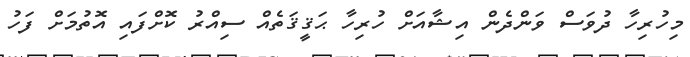
މިހުރިހާ ދުވަސް ވަންދެން އިޝާއަށް ހުރިހާ ޙަޤީޤަތެއް ސިއްރު ކޮށްފައި އޮތުމަށް ފަހު